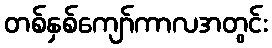
တစ်နှစ်ကျော်ကာလအတွင်း